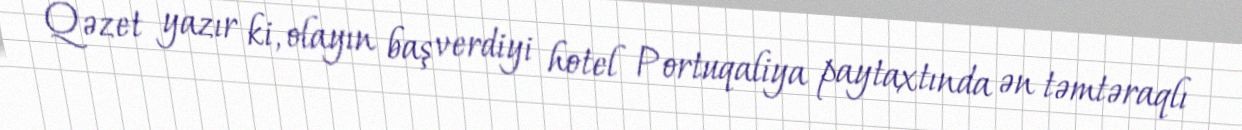
Qəzet yazır ki, olayın baş verdiyi hotel Portuqaliya paytaxtında ən təmtəraqlı